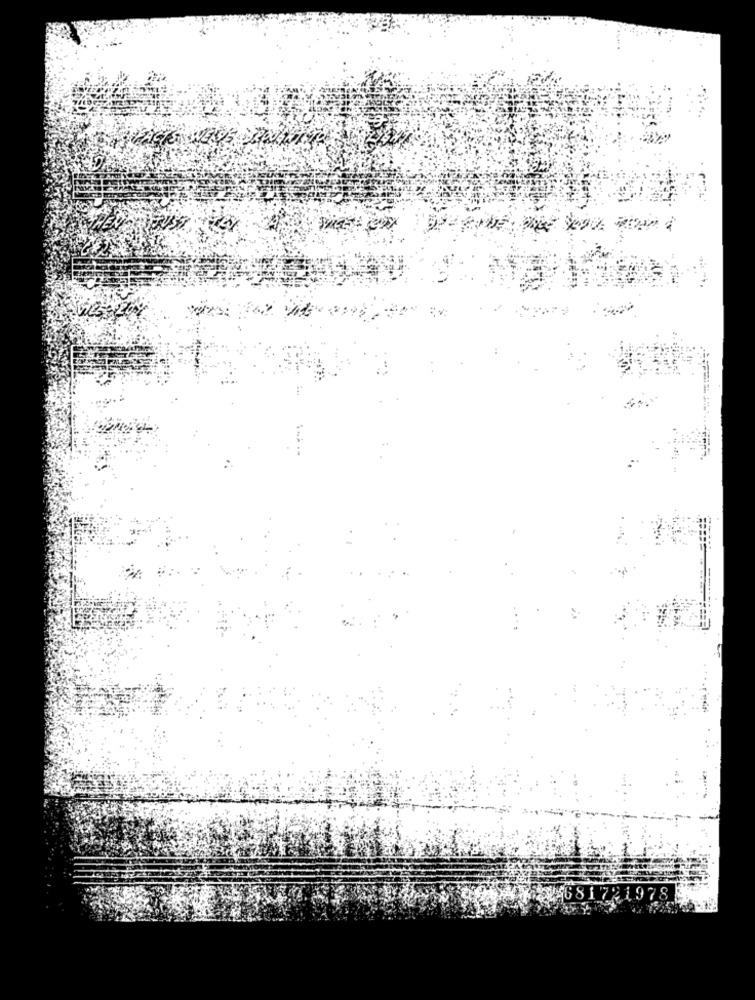
2681721978